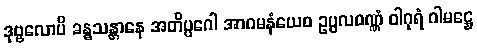
ဒုဗ္ဗလောပိ ခန္ဓသန္တာနေ အတိပ္ပဂေါ အာဂမနံယေဝ ဥပ္ပလဝဏ္ဏံ ဝါဂုရံ ဂါမဋ္ဌေ